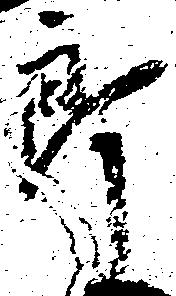
郎